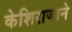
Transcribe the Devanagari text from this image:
केशिराजाने